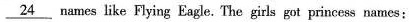
\underline{24} names like Flying Eagle. The girls got princess names: